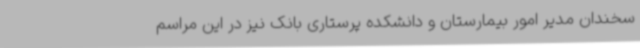
سخندان مدیر امور بیمارستان و دانشکده پرستاری بانک نیز در این مراسم